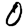
Digit: 0